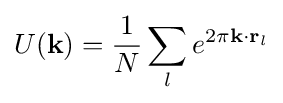
U({\textbf {k}})={\frac {1}{N}}\sum _{l}e^{2\pi {\textbf {k}}\cdot {\textbf {r}}_{l}}